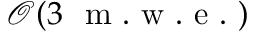
\mathcal { O } ( 3 ~ \mathrm { ~ m ~ . ~ w ~ . ~ e ~ . ~ } )